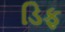
ડિફ